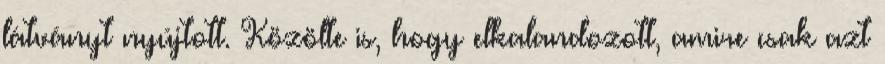
látványt nyújtott. Közölte is, hogy elkalandozott, amire csak azt